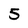
Character: 5